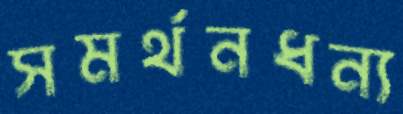
সমর্থনধন্য